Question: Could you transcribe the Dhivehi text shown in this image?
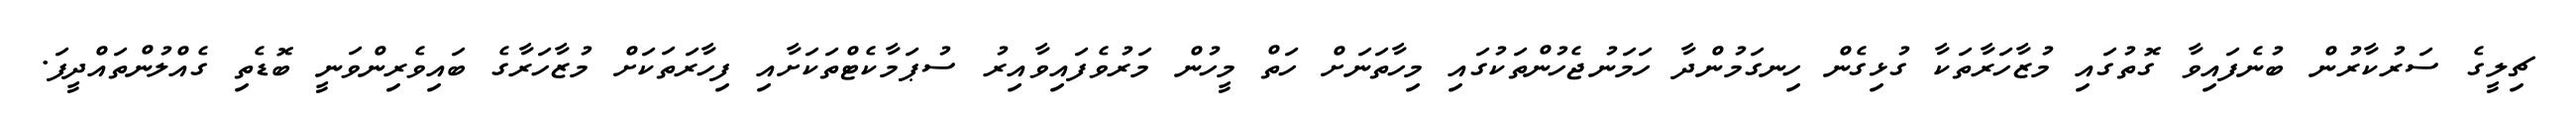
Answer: ޗިލީގެ ސަރުކާރުން ބުނެފައިވާ ގޮތުގައި މުޒާހަރާތަކާ ގުޅިގެން ހިނގަމުންދާ ހަމަނުޖެހުންތަކުގައި މިހާތަނަށް ހަތް މީހުން މަރުވެފައިވާއިރު ސުޕަމާކެޓްތަކަށާއި ފިހާރަތަކަށް މުޒާހަރާގެ ބައިވެރިންވަނީ ބޮޑެތި ގެއްލުންތައްދީފަ.